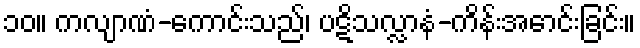
၁၀။ ကလျာဏံ-ကောင်းသည်၊ ပဋိသလ္လာနံ-ကိန်းအောင်းခြင်း။